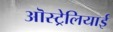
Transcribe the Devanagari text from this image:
ऒस्ट्रेलियाई